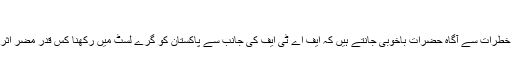
“
ملک کو درپیش موجودہ خطرات سے آگاہ حضرات باخوبی جانتے ہیں کہ ایف اے ٹی ایف کی جانب سے پاکستان کو گرے لسٹ میں رکھنا کس قدر مضر اثرات کا حامل ہوسکتا ہے۔